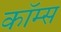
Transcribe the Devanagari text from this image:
कॉम्स